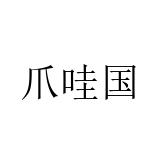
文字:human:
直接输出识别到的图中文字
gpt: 爪哇国